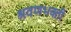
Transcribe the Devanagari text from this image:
श्रवणभक्ती